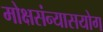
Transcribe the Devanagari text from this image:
मोक्षसंन्यासयोग